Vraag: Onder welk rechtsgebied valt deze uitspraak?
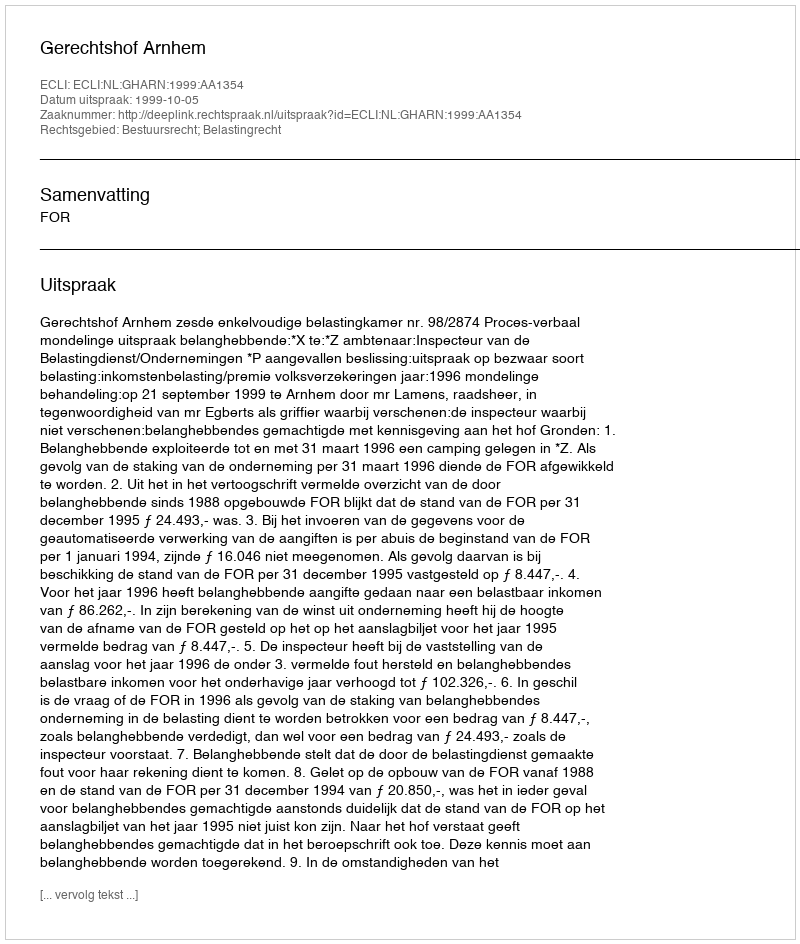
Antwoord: Bestuursrecht; Belastingrecht